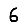
Digit: 6